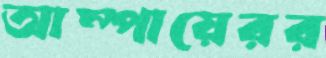
আম্পায়েরর